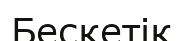
Бескетік